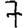
Digit: 7